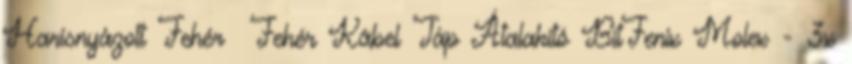
Harisnyázott Fehér Fehér Kábel Táp Átalakító BitFenix Molex - 3x